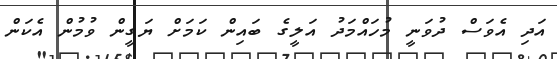
އަދި އެވަސް ދުވަނީ މުހައްމަދު އަލީގެ ބައިން ކަމަށް ޔަގީން ވުމުން އެކަން